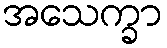
အသေက္ခာ